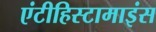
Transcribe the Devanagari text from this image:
एंटीहिस्टामाइंस